Leaving Certificate Examination (including Day School Certificate (Higher) General paper), 1934
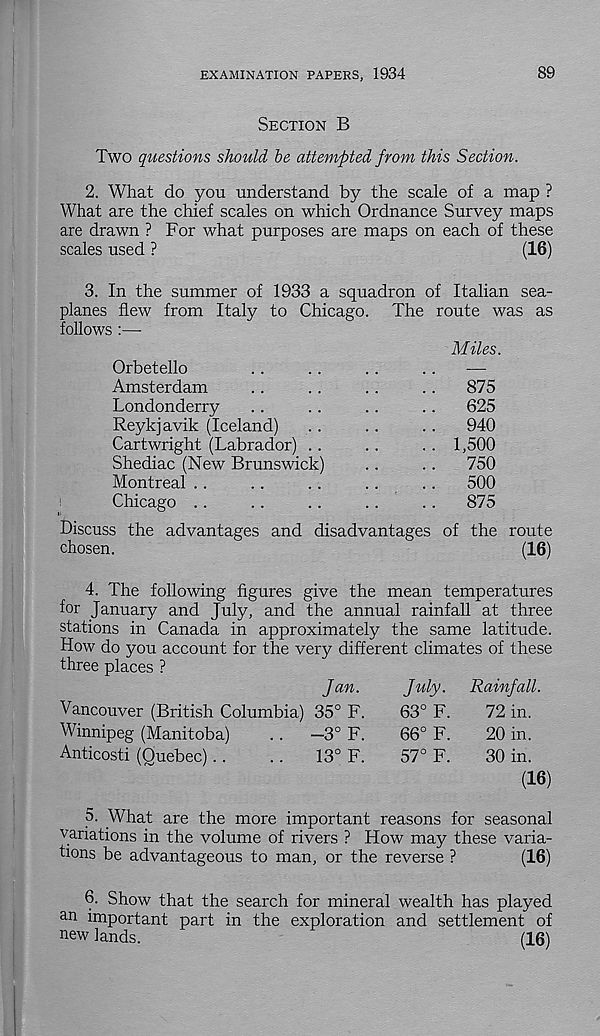
EXAMINATION PAPERS, 1934
89
Section B
Two questions should be attempted from this Section.
2. What do you understand by the scale of a map ?
What are the chief scales on which Ordnance Survey maps
are drawn ? For what purposes are maps on each of these
scales used ?
(16)
3. In the summer of 1933 a squadron of Italian sea-
planes flew from Italy to Chicago. The route was as
follows :—-
Miles.
Orbetello
..
..
. .
..
—
Amsterdam
..
. .
. .
. .
875
Londonderry
..
..
. .
. .
625
Reykjavik (Iceland)
..
. .
..
940
Cartwright (Labrador) ..
. .
. . 1,500
Shediac (New Brunswick)
. .
. .
750
Montreal . .
..
. .
..
. .
500
Chicago ..
..
..
. .
..
875
Discuss the advantages and disadvantages of the route
chosen.
(16)
4. The following figures give the mean temperatures
for January and July, and the annual rainfall at three
stations in Canada in approximately the same latitude.
How do you account for the very different climates of these
three places ?
Jan.
Vancouver (British Columbia) 35° F.
Winnipeg (Manitoba)
. .
—3° F.
Anticosti (Quebec)..
. .
13° F.
July.
Rainfall.
63° F.
72 in.
66° F.
20 in.
57° F.
30 in.
(16)
5. What are the more important reasons for seasonal
variations in the volume of rivers ? How may these varia-
tions be advantageous to man, or the reverse ?
(16)
6. Show that the search for mineral wealth has played
an important part in the exploration and settlement of
new lands.
(16)